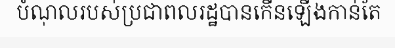
បំណុលរបស់ប្រជាពលរដ្ឋបានកើនឡើងកាន់តែ